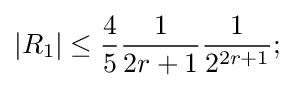
|R_{1}|\leq {\frac {4}{5}}{\frac {1}{2r+1}}{\frac {1}{2^{2r+1}}};